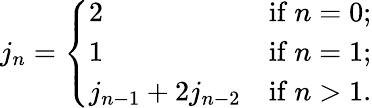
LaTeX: j_{n}={\left\{ \begin{array}{ll}{2}&{{\mathrm{if~}}n=0;}\\ {1}&{{\mathrm{if~}}n=1;}\\ {j_{n-1}+2j_{n-2}}&{{\mathrm{if~}}n>1.}\end{array}\right.}